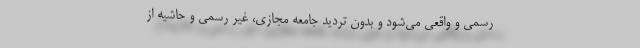
رسمی و واقعی می‌شود و بدون تردید جامعه مجازی، غیر رسمی و حاشیه از